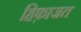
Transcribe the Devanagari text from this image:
हिफ़ाजत